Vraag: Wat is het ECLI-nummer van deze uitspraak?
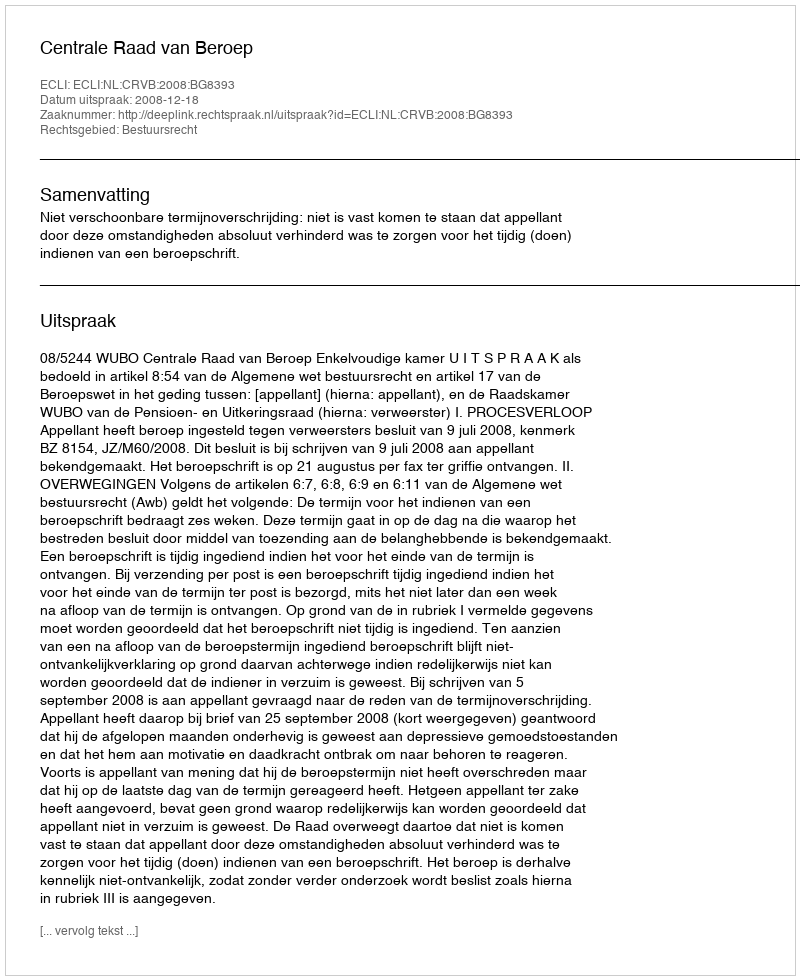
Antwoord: ECLI:NL:CRVB:2008:BG8393